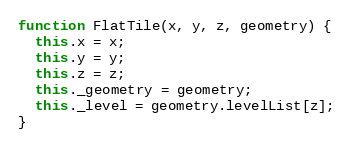
Language: JavaScript
function FlatTile(x, y, z, geometry) {
  this.x = x;
  this.y = y;
  this.z = z;
  this._geometry = geometry;
  this._level = geometry.levelList[z];
}